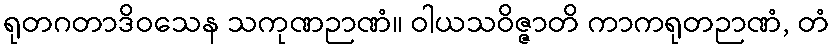
ရုတဂတာဒိဝသေန သကုဏဉာဏံ။ ဝါယသဝိဇ္ဇာတိ ကာကရုတဉာဏံ, တံ